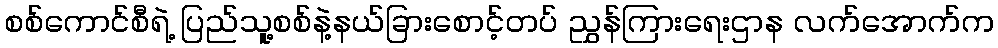
စစ်ကောင်စီရဲ့ ပြည်သူ့စစ်နဲ့နယ်ခြားစောင့်တပ် ညွှန်ကြားရေးဌာန လက်အောက်က